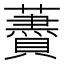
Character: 𧂰